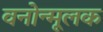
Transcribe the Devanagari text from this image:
वनोन्मूलक